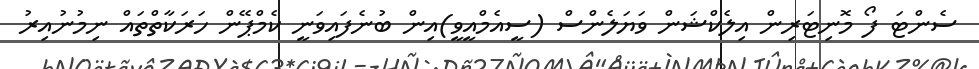
ސެންޓަ ފޯ މޮނިޓަރިން އިލެކްޝަން ވަޔަލެންސް (ސީއެމްއީވީ)އިން ބުނެފައިވަނީ ކެމްޕޭން ހަރަކާތްތައް ނިމުނުއިރު